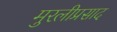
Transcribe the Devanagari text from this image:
मुरलीप्रसाद